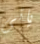
ياتى